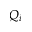
Q _ { i }